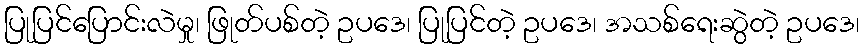
ပြုပြင်ပြောင်းလဲမှု၊ ဖြုတ်ပစ်တဲ့ ဥပဒေ၊ ပြုပြင်တဲ့ ဥပဒေ၊ အသစ်ရေးဆွဲတဲ့ ဥပဒေ၊